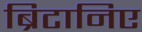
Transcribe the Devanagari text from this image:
ब्रिटानिए